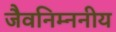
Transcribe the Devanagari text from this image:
जैवनिम्ननीय